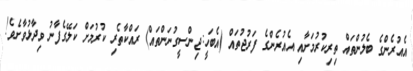
އެއުރެންގެ ބެލުންތައް ތިރިކުރުމަށާއި އެއުރެންގެ ފަރުޖުތައް (އެބަހީ:ޖިންސީގުނަންތައް) ރައްކާތެރި ކުރުމަށް ކަލޭގެފާނު ވިދާޅުވާށެވެ!